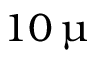
1 0 \, \upmu